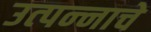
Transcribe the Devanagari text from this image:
उत्‍पन्‍नाचे